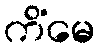
ကိံမေ